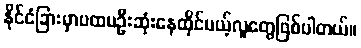
နိုင်ငံခြားမှာပထမဦးဆုံးနေထိုင်မယ့်လူတွေဖြစ်ပါတယ်။